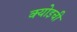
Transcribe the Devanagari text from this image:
क्योइची